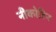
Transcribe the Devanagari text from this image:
नीकोटिन